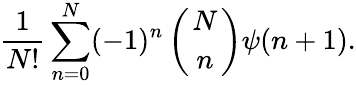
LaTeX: {\frac{1}{N!}}\sum_{n=0}^{N}(-1)^{n}\left(N\atop n\right)\psi(n+1).